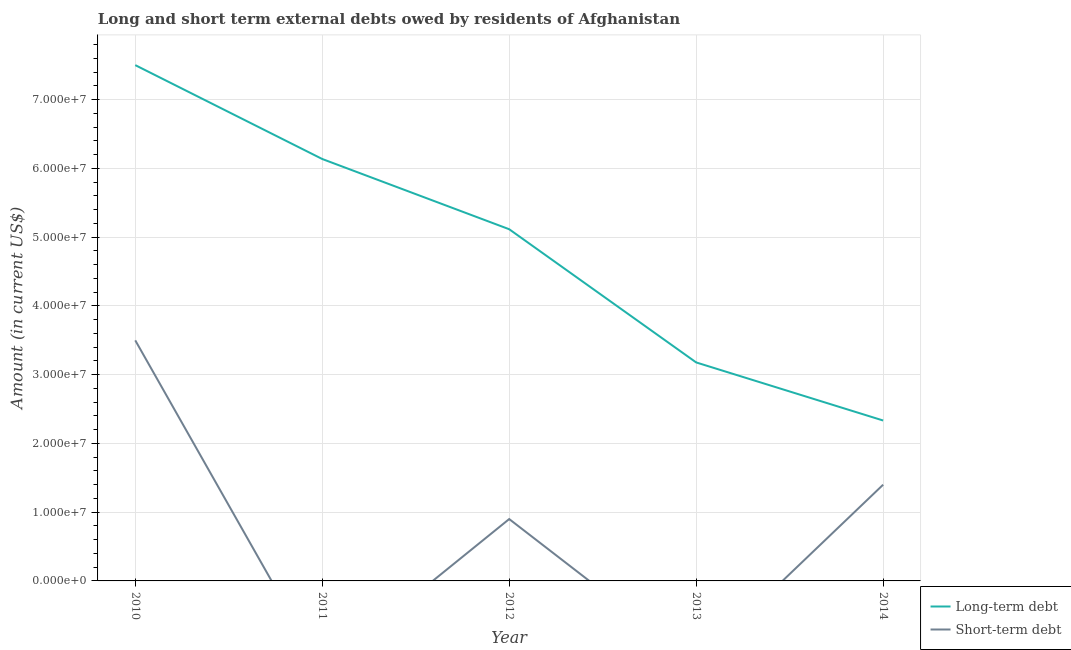
| Year | Long-term debt | Short-term debt |
 | --- | --- | --- |
 | 2010 | 7.5e+07 | 3.5e+07 |
 | 2011 | 6.14e+07 | -1.3e+07 |
 | 2012 | 5.12e+07 | 9e+06 |
 | 2013 | 3.18e+07 | -1.2e+07 |
 | 2014 | 2.33e+07 | 1.4e+07 |